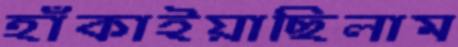
হাঁকাইয়াছিলাম